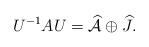
LaTeX: \begin{align*}U^{-1}AU=\widehat{\mathcal{A}}\oplus \widehat J.\end{align*}